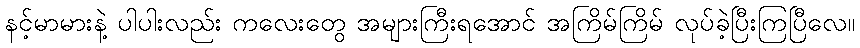
နင့်မာမားနဲ့ ပါပါးလည်း ကလေးတွေ အများကြီးရအောင် အကြိမ်ကြိမ် လုပ်ခဲ့ပြီးကြပြီလေ။